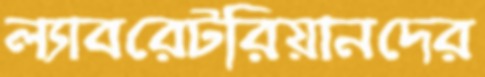
ল্যাবরেটরিয়ানদের